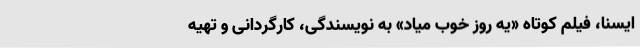
ایسنا، فیلم کوتاه «یه روز خوب میاد» به نویسندگی، کارگردانی و تهیه